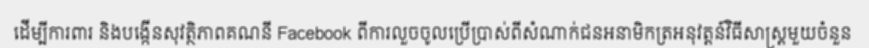
ដើម្បីការពារ និងបង្កើនសុវត្ថិភាពគណនី Facebook ពីការលួចចូលប្រើប្រាស់ពីសំណាក់ជនអនាមិកត្រអនុវត្តន៍វិធីសាស្ត្រមួយចំនួន